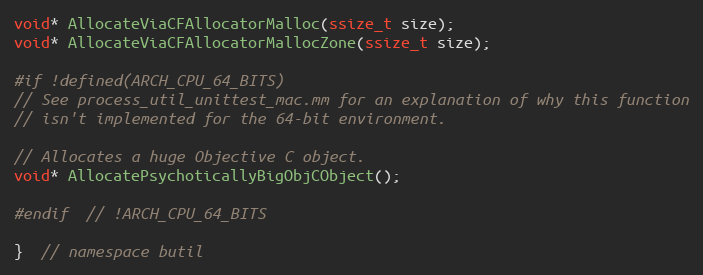
Language: C
void* AllocateViaCFAllocatorMalloc(ssize_t size);
void* AllocateViaCFAllocatorMallocZone(ssize_t size);

#if !defined(ARCH_CPU_64_BITS)
// See process_util_unittest_mac.mm for an explanation of why this function
// isn't implemented for the 64-bit environment.

// Allocates a huge Objective C object.
void* AllocatePsychoticallyBigObjCObject();

#endif  // !ARCH_CPU_64_BITS

}  // namespace butil